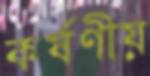
কর্ষণীয়